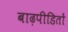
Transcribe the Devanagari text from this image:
बाढ़पीडितों